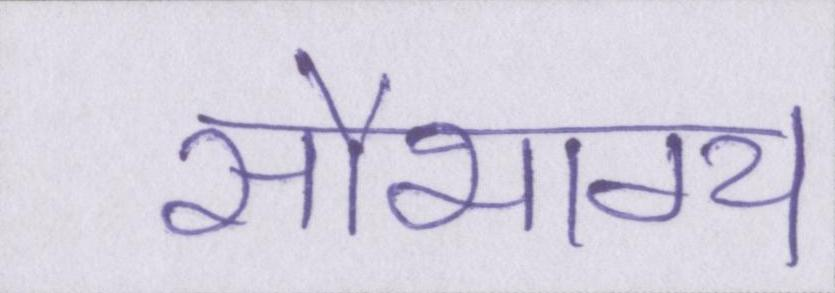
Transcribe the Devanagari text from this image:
सौभाग्य